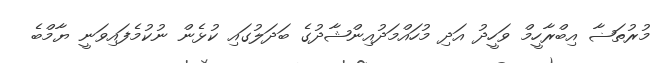
މުރުތަޟާ އިބްރާހީމް ވަހީދު އަދި މުހައްމަދުއިންޝާދުގެ ބަދަލުގައި ކުޅެން ނުކުމެފައިވަނީ ޔާމްބެ